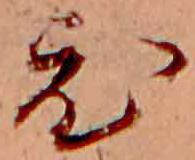
ひ